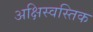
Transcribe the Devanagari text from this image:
अक्षिस्वस्तिक